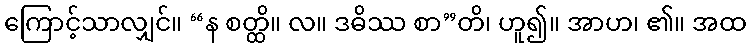
ကြောင့်သာလျှင်။ “န စတ္ထိ။ လ။ ဒဓိဿ စာ”တိ၊ ဟူ၍။ အာဟ၊ ၏။ အထ